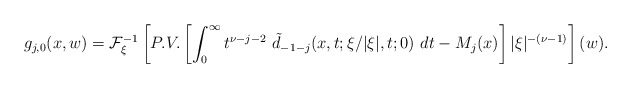
\begin{align*}\displaystyle g_{j,0}(x,w) ={\cal F}_\xi ^{-1}\left[P.V.\left[ \int_0^\infty t^{\nu -j-2}\ \tilde d_{-1-j}(x,t;\xi /\vert \xi\vert ,t;0)\ dt-M_j(x)\right] \vert \xi \vert ^{-(\nu -1)}\right] (w).\end{align*}